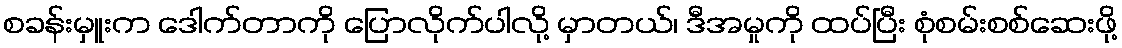
စခန်းမှူးက ဒေါက်တာကို ပြောလိုက်ပါလို့ မှာတယ်၊ ဒီအမှုကို ထပ်ပြီး စုံစမ်းစစ်ဆေးဖို့